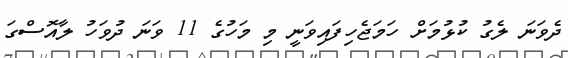
ދެވަނަ ލެގު ކުޅުމަށް ހަމަޖެހިފައިވަނީ މި މަހުގެ 11 ވަނަ ދުވަހު ލާއޮސްގަ